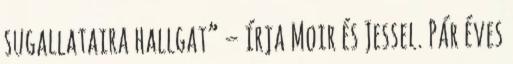
sugallataira hallgat” – írja Moir és Jessel. Pár éves